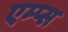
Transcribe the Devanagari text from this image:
एम्प्स